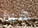
هية